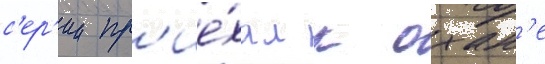
с'ер'ии пр'ие́хал к охан'е